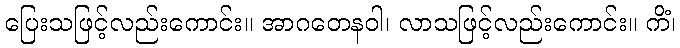
ပြေးသဖြင့်လည်းကောင်း။ အာဂတေနဝါ၊ လာသဖြင့်လည်းကောင်း။ ကိံ၊